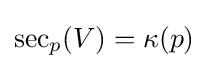
\operatorname {sec} _{p}(V)=\kappa (p)